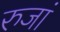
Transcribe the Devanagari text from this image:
रुजां